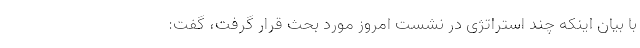
با بیان اینکه چند استراتژی در نشست امروز مورد بحث قرار گرفت، گفت: